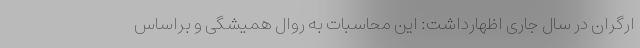
ارگران در سال جاری اظهارداشت: این محاسبات به روال همیشگی و براساس